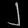
Digit: ၂